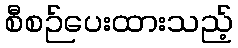
စီစဉ်ပေးထားသည့်